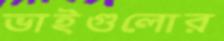
ভাইগুলোর